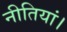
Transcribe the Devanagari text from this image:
नीतियां।